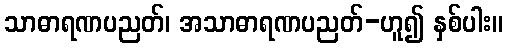
သာဓာရဏပညတ်၊ အသာဓာရဏပညတ်-ဟူ၍ နှစ်ပါး။